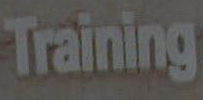
Training